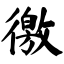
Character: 徼